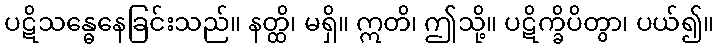
ပဋိသန္ဓေနေခြင်းသည်။ နတ္ထိ၊ မရှိ။ ဣတိ၊ ဤသို့။ ပဋိက္ခိပိတွာ၊ ပယ်၍။